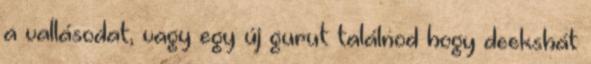
a vallásodat, vagy egy új gurut találnod hogy deekshát